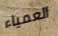
العمياء